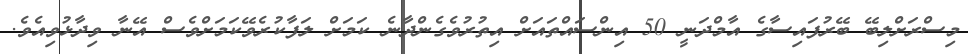
މިސްރަށްލިބޭ ބޭރުފައިސާގެ އާމްދަނީ 50 އިންސައްތައަށް އިތުރުވެގެންދާނެ ކަމަށް ލަފާކުރެވޭކަމަށްވެސް އޭނާ ވިދާޅުވިއެވެ.